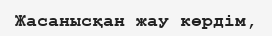
Жасанысқан жау көрдім,